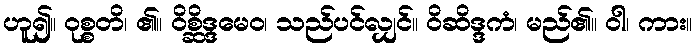
ဟူ၍။ ဝုစ္စတိ၊ ၏။ ဝိစ္ဆိဒ္ဒမေဝ၊ သည်ပင်လျှင်။ ဝိဆိဒ္ဒကံ၊ မည်၏။ ဝါ၊ ကား။